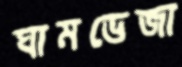
ঘামভেজা